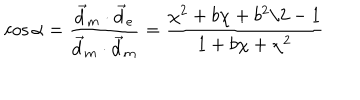
\cos \alpha = \frac { \vec { d } _ { m } \cdot \vec { d } _ { e } } { \vec { d } _ { m } \cdot \vec { d } _ { m } } = \frac { \chi ^ { 2 } + b \chi + b ^ { 2 } / 2 - 1 } { 1 + b \chi + \chi ^ { 2 } }